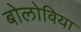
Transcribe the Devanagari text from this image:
बोलोविया